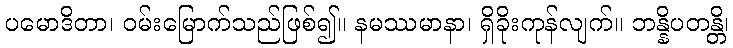
ပမောဒိတာ၊ ဝမ်းမြောက်သည်ဖြစ်၍။ နမဿမာနာ၊ ရှိခိုးကုန်လျက်။ ဘန္နိပတန္တိ၊